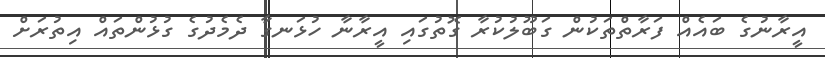
އީރާނުގެ ބައެއް ފަރާތްތަކުން ގަބޫލުކުރާ ގޮތުގައި އީރާނާ ހުޅަނގާ ދެމެދުގެ ގުޅުންތައް އިތުރަށް